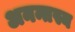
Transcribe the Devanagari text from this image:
अनन्तस्य